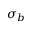
\sigma _ { b }